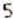
5